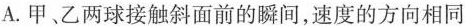
A.甲、乙两球接触斜面前的瞬间，速度的方向相同